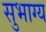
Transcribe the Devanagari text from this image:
सुभाग्य